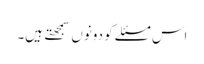
اس مسئلے کو دونوں سمجهتے ہیں۔